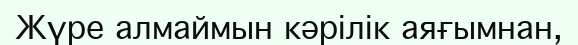
Жүре алмаймын кәрілік аяғымнан,